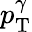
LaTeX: p_{\mathrm{T}}^{\gamma}